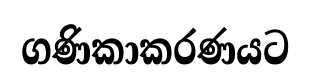
ගණිකාකරණයට